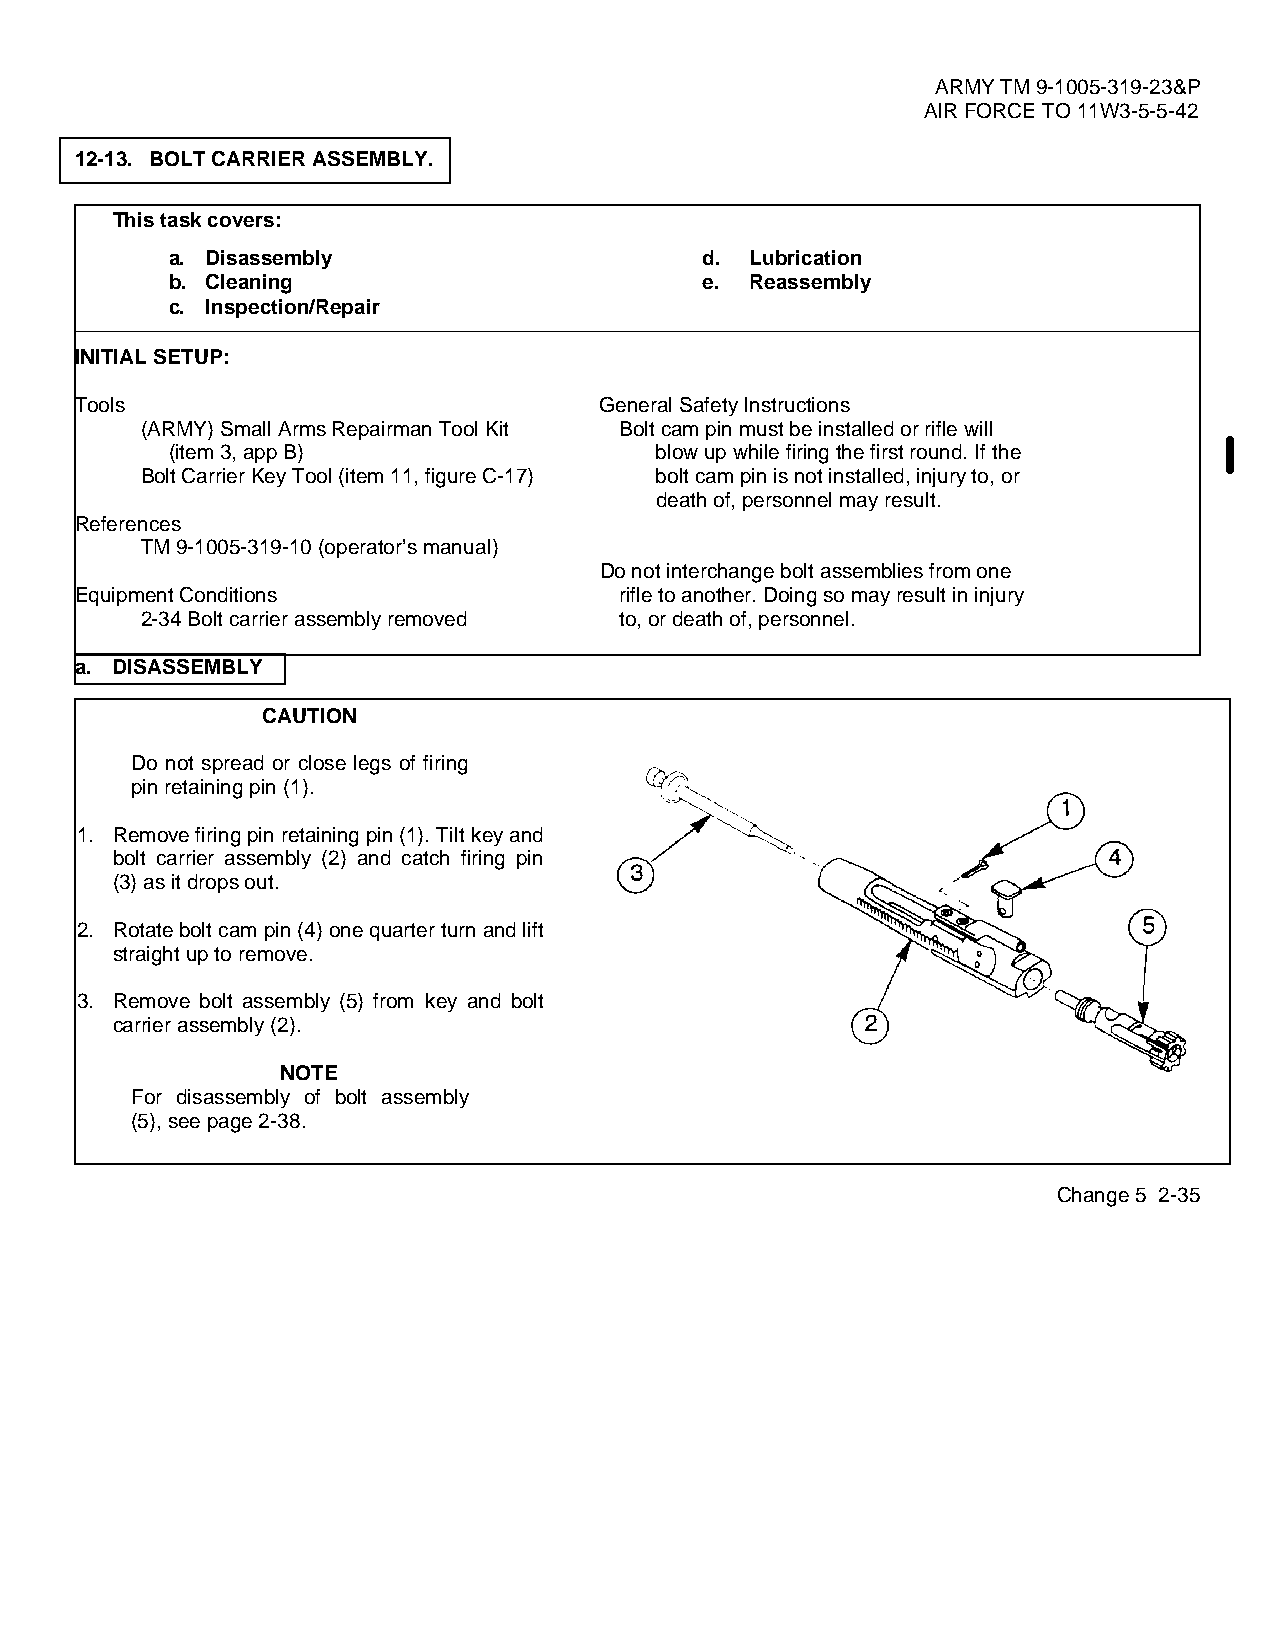
ARMY TM 9-1005-319-23&P
 AIR FORCE TO 11W3-5-5-42
 12-13. BOLT CARRIER ASSEMBLY.
 This task covers:
 a. Disassembly                      d. Lubrication
 b. Cleaning                         e. Reassembly
 c. Inspection/Repair
 INITIAL SETUP:
 Tools                              General Safety Instructions
 (ARMY) Small Arms Repairman Tool Kit Bolt cam pin must be installed or rifle will
 (item 3, app B)                 blow up while firing the first round. If the
 Bolt Carrier Key Tool (item 11, figure C-17) bolt cam pin is not installed, injury to, or
 death of, personnel may result.
 References
 TM 9-1005-319-10 (operator’s manual)
 Do not interchange bolt assemblies from one
 Equipment Conditions                rifle to another. Doing so may result in injury
 2-34 Bolt carrier assembly removed to, or death of, personnel.
 a. DISASSEMBLY
 CAUTION
 Do not spread or close legs of firing
 pin retaining pin (1).
 1. Remove firing pin retaining pin (1). Tilt key and
 bolt carrier assembly (2) and catch firing pin
 (3) as it drops out.
 2. Rotate bolt cam pin (4) one quarter turn and lift
 straight up to remove.
 3. Remove bolt assembly (5) from key and bolt
 carrier assembly (2).
 NOTE
 For disassembly of bolt assembly
 (5), see page 2-38.
 Change 5 2-35